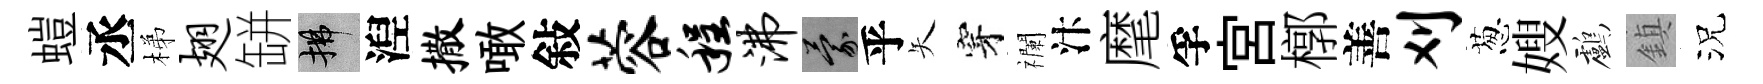
螘丞梯翅缾拂湼撒噉敍蓉程沸蒙乎矢穿襴汴麾孚宮槨善刈葱嫂鸕鎮況